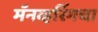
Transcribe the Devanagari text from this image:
मॅनव्हरिंगचा